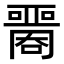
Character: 𡂦